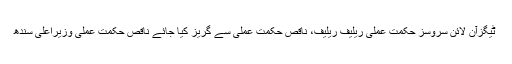
ٹیگزآن لائن سروسز حکمت عملی ریلیف ریلیف، ناقص حکمت عملی سے گریز کیا جائے ناقص حکمت عملی وزیراعلیٰ سندھ